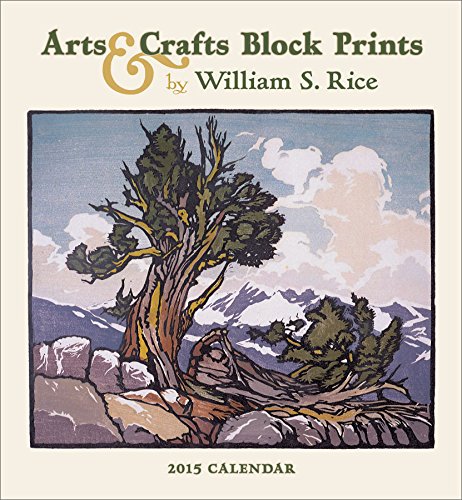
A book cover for Arts & Crafts Block Prints 2015 Calendar; Calendars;